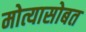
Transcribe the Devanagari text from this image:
मोत्यासोबत